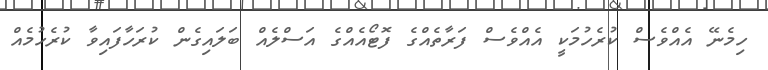
ހިމެނޭ އެއްވެސް ކުރެހުމަކީ އެއްވެސް ފަރާތެއްގެ ފޮޓޯއެއްގެ އަސްލެއް ބަލައިގެން ކުރަހާފައިވާ ކުރެހުމެއް